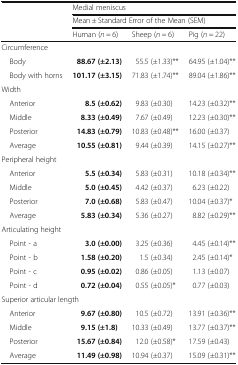
<table><thead><tr><td rowspan="3"></td><td colspan="3"><b>Medial meniscus</b></td></tr><tr><td colspan="3"><b>Mean ± Standard Error of the Mean (SEM)</b></td></tr><tr><td><b>Human (<i>n</i> = 6)</b></td><td><b>Sheep (<i>n</i> = 6)</b></td><td><b>Pig (<i>n</i> = 22)</b></td></tr></thead><tbody><tr><td colspan="4">Circumference</td></tr><tr><td> Body</td><td><b>88.67 (±2.13)</b></td><td>55.5 (±1.33)**</td><td>64.95 (±1.04)**</td></tr><tr><td> Body with horns</td><td><b>101.17 (±3.15)</b></td><td>71.83 (±1.74)**</td><td>89.04 (±1.86)**</td></tr><tr><td colspan="4">Width</td></tr><tr><td> Anterior</td><td><b>8.5 (±0.62)</b></td><td>9.83 (±0.30)</td><td>14.23 (±0.32)**</td></tr><tr><td> Middle</td><td><b>8.33 (±0.49)</b></td><td>7.67 (±0.49)</td><td>12.23 (±0.30)**</td></tr><tr><td> Posterior</td><td><b>14.83 (±0.79)</b></td><td>10.83 (±0.48)**</td><td>16.00 (±0.37)</td></tr><tr><td> Average</td><td><b>10.55 (±0.81)</b></td><td>9.44 (±0.39)</td><td>14.15 (±0.27)**</td></tr><tr><td colspan="4">Peripheral height</td></tr><tr><td> Anterior</td><td><b>5.5 (±0.34)</b></td><td>5.83 (±0.31)</td><td>10.18 (±0.34)**</td></tr><tr><td> Middle</td><td><b>5.0 (±0.45)</b></td><td>4.42 (±0.37)</td><td>6.23 (±0.22)</td></tr><tr><td> Posterior</td><td><b>7.0 (±0.68)</b></td><td>5.83 (±0.47)</td><td>10.04 (±0.37)*</td></tr><tr><td> Average</td><td><b>5.83 (±0.34)</b></td><td>5.36 (±0.27)</td><td>8.82 (±0.29)**</td></tr><tr><td colspan="4">Articulating height</td></tr><tr><td> Point - a</td><td><b>3.0 (±0.00)</b></td><td>3.25 (±0.36)</td><td>4.45 (±0.14)**</td></tr><tr><td> Point - b</td><td><b>1.58 (±0.20)</b></td><td>1.5 (±0.34)</td><td>2.45 (±0.14)*</td></tr><tr><td> Point - c</td><td><b>0.95 (±0.02)</b></td><td>0.86 (±0.05)</td><td>1.13 (±0.07)</td></tr><tr><td> Point - d</td><td><b>0.72 (±0.04)</b></td><td>0.55 (±0.05)*</td><td>0.77 (±0.03)</td></tr><tr><td colspan="4">Superior articular length</td></tr><tr><td> Anterior</td><td><b>9.67 (±0.80)</b></td><td>10.5 (±0.72)</td><td>13.91 (±0.36)**</td></tr><tr><td> Middle</td><td><b>9.15 (±1.8)</b></td><td>10.33 (±0.49)</td><td>13.77 (±0.37)**</td></tr><tr><td> Posterior</td><td><b>15.67 (±0.84)</b></td><td>12.0 (±0.58)*</td><td>17.59 (±0.43)</td></tr><tr><td> Average</td><td><b>11.49 (±0.98)</b></td><td>10.94 (±0.37)</td><td>15.09 (±0.31)**</td></tr></tbody></table>